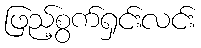
ဖြည့်စွက်ရှင်းလင်း